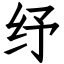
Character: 纾